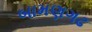
બામણગઢ